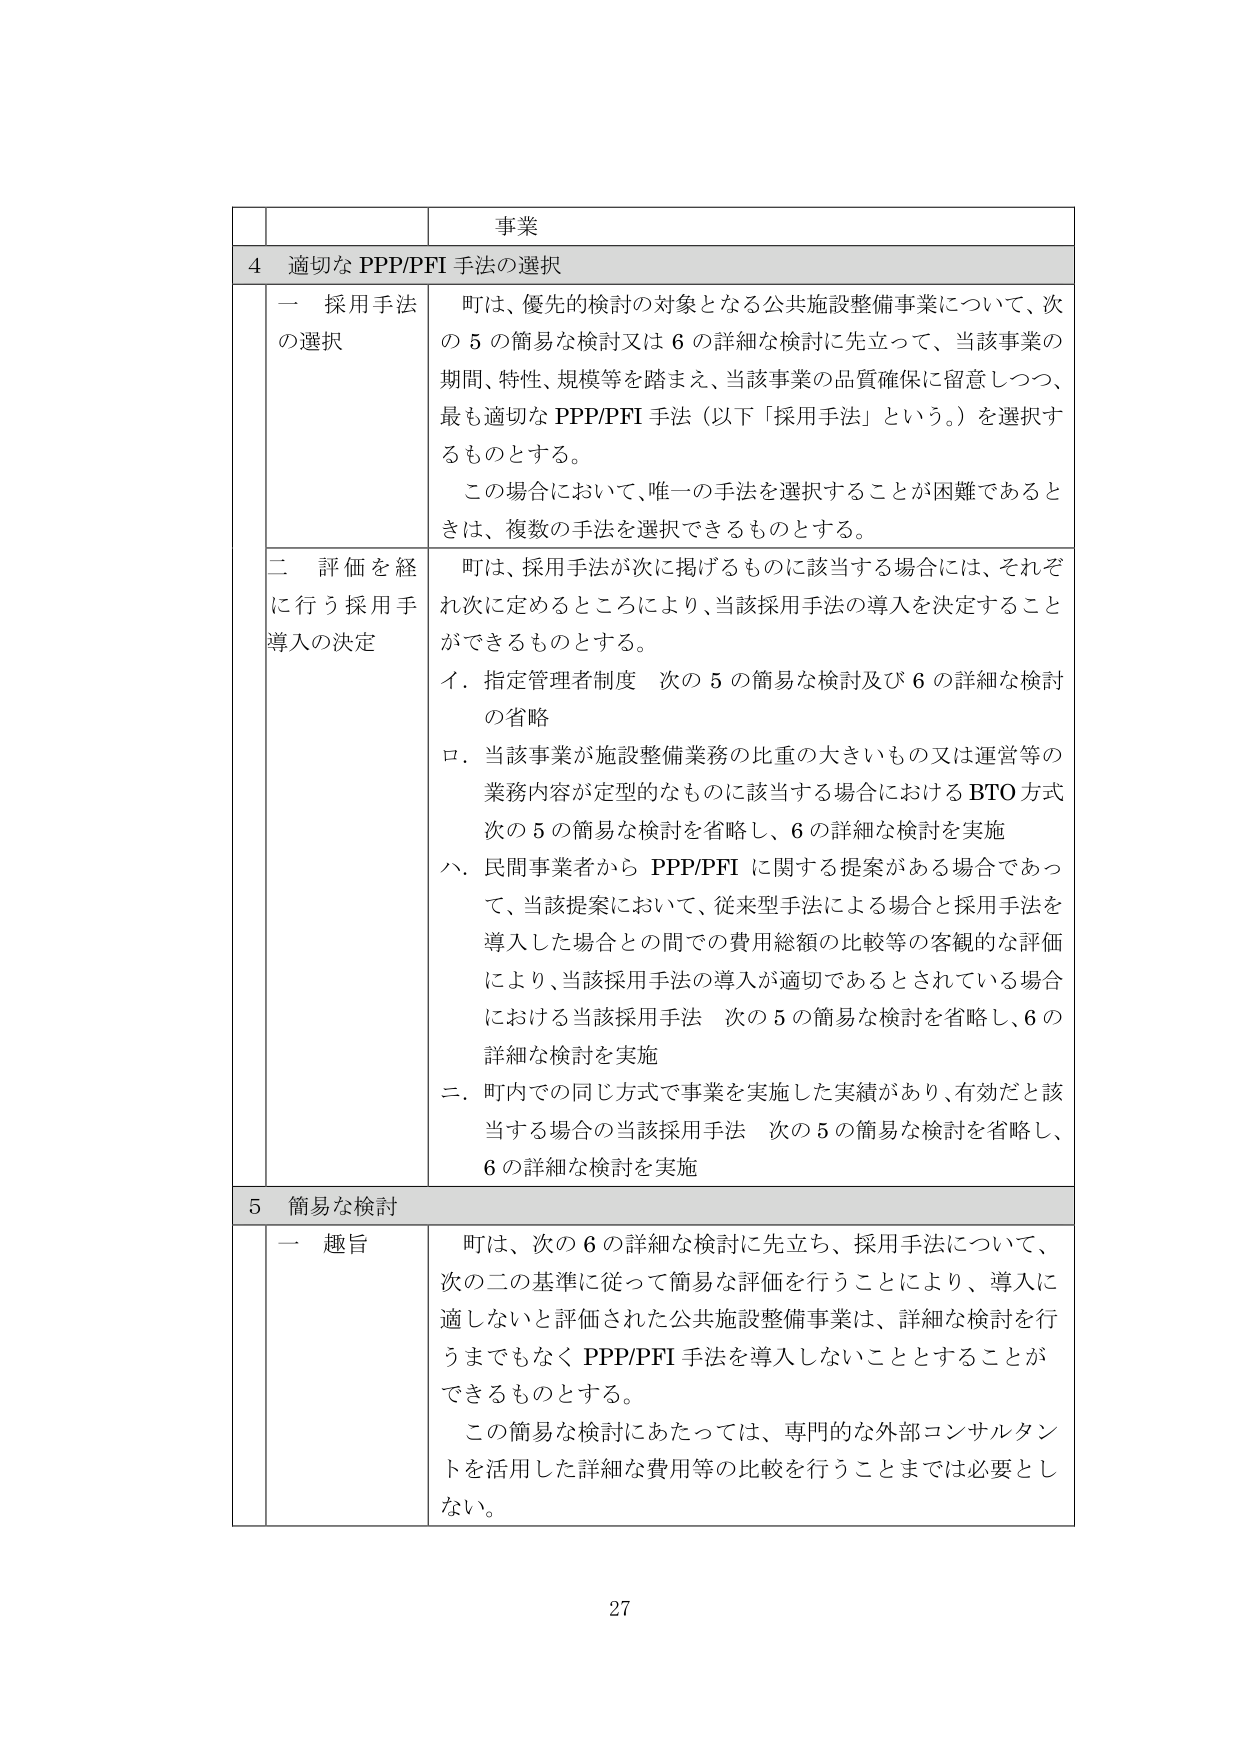
事業
4 適切な PPP/PFI 手法の選択
一 採用手法の選択
町は、優先的検討の対象となる公共施設整備事業について、次の 5 の簡易な検討又は 6 の詳細な検討に先立って、当該事業の期間、特性、規模等を踏まえ、当該事業の品質確保に留意しつつ、最も適切な PPP/PFI 手法（以下「採用手法」という。）を選択するものとする。
この場合において、唯一の手法を選択することが困難であるときは、複数の手法を選択できるものとする。
二 評価を経に行う採用手導入の決定
町は、採用手法が次に掲げるものに該当する場合には、それぞれ次に定めるところにより、当該採用手法の導入を決定することができるものとする。
イ．指定管理者制度 次の 5 の簡易な検討及び 6 の詳細な検討の省略
ロ．当該事業が施設整備業務の比重の大きいもの又は運営等の業務内容が定型的なものに該当する場合における BTO 方式 次の 5 の簡易な検討を省略し、6 の詳細な検討を実施
ハ．民間事業者から PPP/PFI に関する提案がある場合であって、当該提案において、従来型手法による場合と採用手法を導入した場合との間での費用総額の比較等の客観的な評価により、当該採用手法の導入が適切であるとされている場合における当該採用手法 次の 5 の簡易な検討を省略し、6 の詳細な検討を実施
ニ．町内での同じ方式で事業を実施した実績があり、有効だと該当する場合の当該採用手法 次の 5 の簡易な検討を省略し、6 の詳細な検討を実施
5 簡易な検討
一 趣旨
町は、次の 6 の詳細な検討に先立ち、採用手法について、次の二の基準に従って簡易な評価を行うことにより、導入に適しないと評価された公共施設整備事業は、詳細な検討を行うまでもなく PPP/PFI 手法を導入しないこととすることができるものとする。
この簡易な検討にあたっては、専門的な外部コンサルタントを活用した詳細な費用等の比較を行うことまでは必要としない。
27